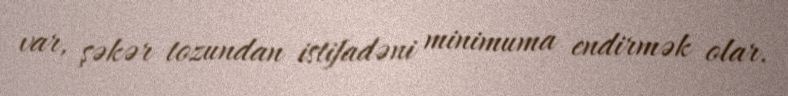
var, şəkər tozundan istifadəni minimuma endirmək olar.